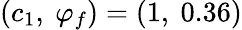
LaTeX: (c_{1},~\varphi_{f})=(1,~0.36)